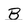
Character: B